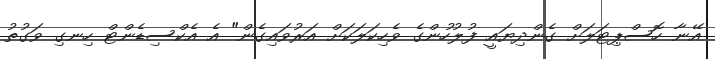
އޭނާ ހޮސްޕިޓަލަށް ގެންދިޔައީ ފުލުހުންގެ ވެހިކަލަކަށް އަރުވައިގެން" އެ އެކްސިޑެންޓް ހިނގި ވަގުތު